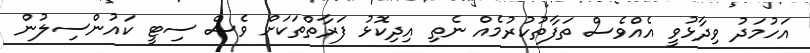
އަހުމަދު ވިދާޅުވީ އެއްވެސް ތަފާތުކުރުމެއް ނެތި އިދިކޮޅު ފަރާތްތަކަށް ވެސް ސިޓީ ކައުންސިލުން